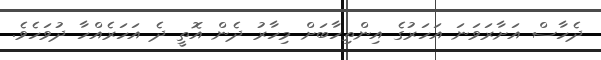
ދެހާސް އަށާރަވަނަ އަހަރުގެ އިންތިހާބަށް މިހާރު ދެން އޮތީ ދެ އަހަރެއްހާ ދުވަހެވެ.